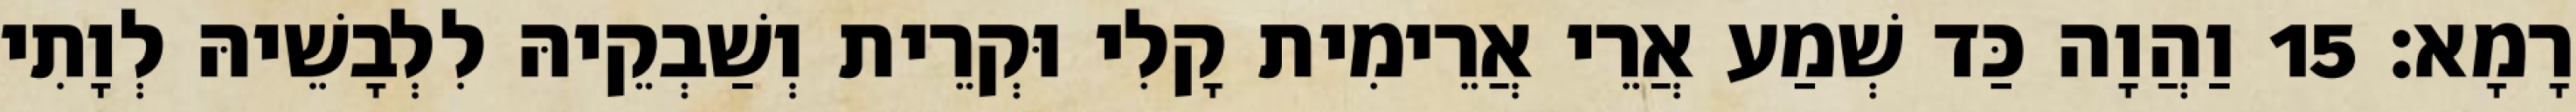
רָמָא׃ 15 וַהֲוָה כַּד שְׁמַע אֲרֵי אֲרֵימִית קָלִי וּקְרֵית וְשַׁבְקֵיהּ לִלְבָשֵׁיהּ לְוָתִי